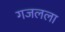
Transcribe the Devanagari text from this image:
गजलला